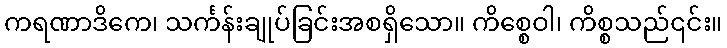
ကရဏာဒိကေ၊ သင်္ကန်းချုပ်ခြင်းအစရှိသော။ ကိစ္စေဝါ၊ ကိစ္စသည်၎င်း။